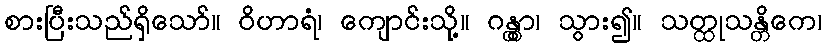
စားပြီးသည်ရှိသော်။ ဝိဟာရံ၊ ကျောင်းသို့။ ဂန္တွာ၊ သွား၍။ သတ္ထုသန္တိကေ၊